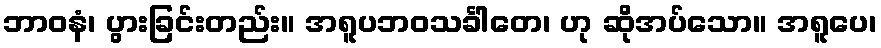
ဘာဝနံ၊ ပွားခြင်းတည်း။ အရူပဘဝသင်္ခါတေ၊ ဟု ဆိုအပ်သော။ အရူပေ၊